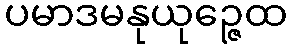
ပမာဒမနုယုဉ္ဇေထ